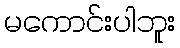
မကောင်းပါဘူး